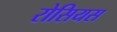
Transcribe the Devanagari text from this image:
रोसियस